Scottish Leaving Certificate Examination, 1957
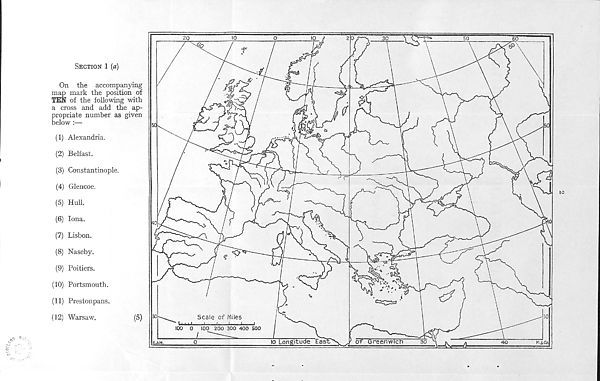
Section 1 [a)
On the accompanying
map mark the position of
TEN of the following with
a cross and add the ap-
propriate number as given
below :—
(1) Alexandria.
(2) Belfast.
(3) Constantinople.
(4) Glencoe.
(5) Hull.
(6) Iona.
(7) Lisbon.
(8) Naseby.
(9) Poitiers.
(10) Portsmouth.
(11) Prestonpans.
(12) Warsaw.
(5)
Scale of Miles
" U.i i i
i _j
j
j
l
100 0 100 200 300 400 500
I
lb Longitude East
M.&Co